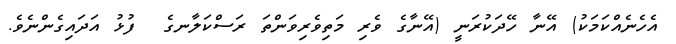
އެހެނެއްކަމަކު) އޭނާ ހޭދަކުރަނީ (އޭނާގެ ވެރި މަތިވެރިވަންތަ ރަސްކަލާނގެ  ފުޅު އަދައިގެންނެވެ.